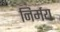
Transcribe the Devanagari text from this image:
निर्मय